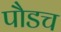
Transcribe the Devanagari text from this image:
पौडच